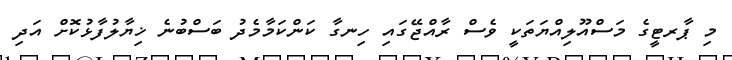
މި ޕާރޓީގެ މަސްއޫލިއްޔަތަކީ ވެސް ރާއްޖޭގައި ހިނގާ ކަންކަމާމެދު ބަސްބުނެ ޚިޔާލުފާޅުކޮށް އަދި